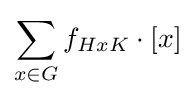
\sum _{x\in G}f_{HxK}\cdot [x]